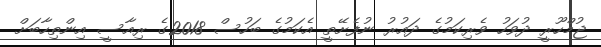
ޖުމްހޫރީ ދުވަހު ވެރިކަމުގެ ދައުރު ނުފެށޭތީ އެކަމުގެ ބަހުސް 2018ގެ ރިއާސީ އިންތިހާބަށް